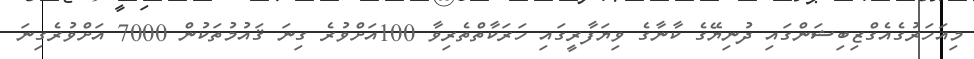
މިއަހަރުގެއެގްޒިބިޝަންގައި ދުނިޔޭގެ ކާނާގެ ވިޔަފާރީގައި ހަރަކާތްތެރިވާ 100އަށްވުރެ ގިނަ ޤައުމުތަކުން 7000 އަށްވުރެގިނަ